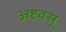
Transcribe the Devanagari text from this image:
अष्टवसू